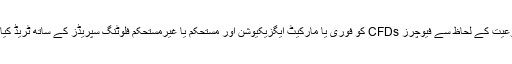
اکاؤنٹ کی نوعیت کے لحاظ سے فیوچرز CFDs کو فوری یا مارکیٹ ایگزیکیوشن اور مستحکم یا غیرمستحکم فلوٹنگ سپریڈز کے ساتھ ٹریڈ کیا جا سکتا ہے۔